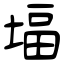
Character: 堛